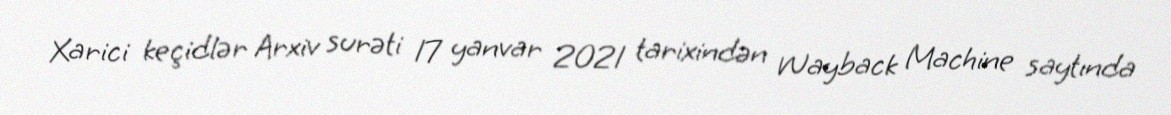
Xarici keçidlər Arxiv surəti 17 yanvar 2021 tarixindən Wayback Machine saytında